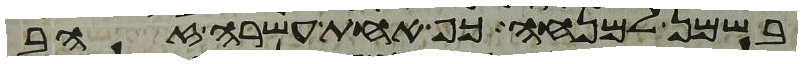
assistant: בשמן למנחה כף אחת עשרה זהב